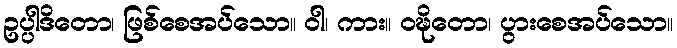
ဥပ္ပါဒိတော၊ ဖြစ်စေအပ်သော။ ဝါ၊ ကား။ ဝဍ္ဎိတော၊ ပွားစေအပ်သော။